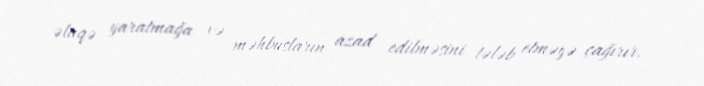
əlaqə yaratmağa və məhbusların azad edilməsini tələb etməyə çağırır.